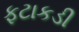
ફટાકડી